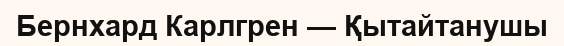
Бернхард Карлгрен — Қытайтанушы